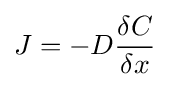
J=-D{\delta C \over \delta x}